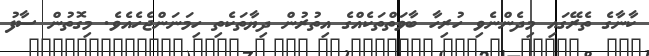
ކާނާގެ ތެރޭގައި މިދެންނެވި ހުރިހާ ބާވަތްތަކެއްގެ އިތުުރުން ދިޔާތަކެތި ހިމަނަންޖެހެއެވެ. މިގޮތުން ސާފު